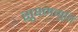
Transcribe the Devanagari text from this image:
सूक्ष्ममूर्ति